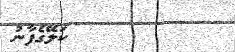
٨٤         ކަލޭގެފާނު